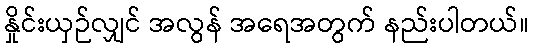
နှိုင်းယှဉ်လျှင် အလွန် အရေအတွက် နည်းပါတယ်။